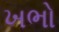
ખભો